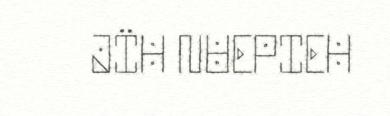
JÏH NUEPIEH